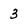
Character: 3